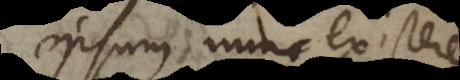
ipsum nunc existere,